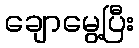
ချောမွေ့ပြီး